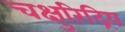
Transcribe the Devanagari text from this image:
चक्षुरिंद्रिय